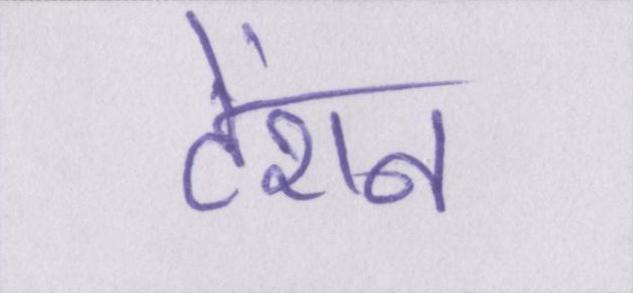
टेंशन